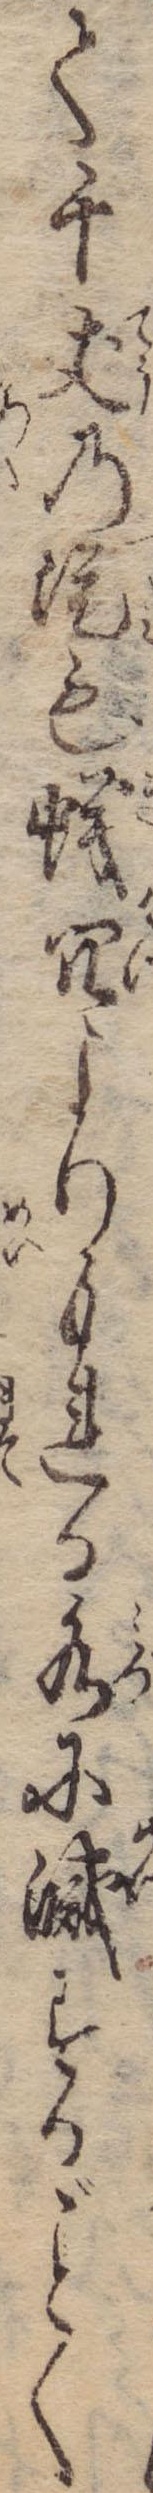
て千丈の堤も蟻穴よりもれる水に滅するく